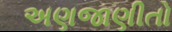
અણજાણીતો